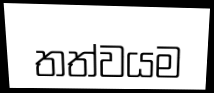
තත්වයම